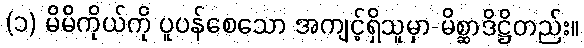
(၁) မိမိကိုယ်ကို ပူပန်စေသော အကျင့်ရှိသူမှာ-မိစ္ဆာဒိဋ္ဌိတည်း။